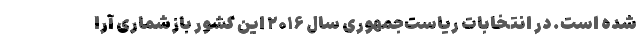
شده است. در انتخابات ریاست‌جمهوری سال ۲۰۱۶ این کشور باز‌شماری آرا